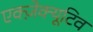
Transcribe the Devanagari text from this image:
एक्ज़ेक्यूटिव